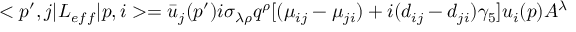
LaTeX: < p ^ { \prime } , j | { \cal L } _ { e f f } | p , i > = \bar { u } _ { j } ( p ^ { \prime } ) i \sigma _ { \lambda \rho } q ^ { \rho } [ ( \mu _ { i j } - \mu _ { j i } ) + i ( d _ { i j } - d _ { j i } ) \gamma _ { 5 } ] u _ { i } ( p ) A ^ { \lambda }